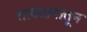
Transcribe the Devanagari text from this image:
तावदानातून